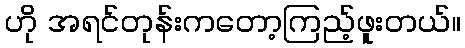
ဟို အရင်တုန်းကတော့ကြည့်ဖူးတယ်။